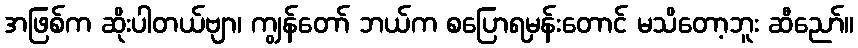
အဖြစ်က ဆိုးပါတယ်ဗျာ၊ ကျွန်တော် ဘယ်က စပြောရမှန်းတောင် မသိတော့ဘူး ဆီညော်။